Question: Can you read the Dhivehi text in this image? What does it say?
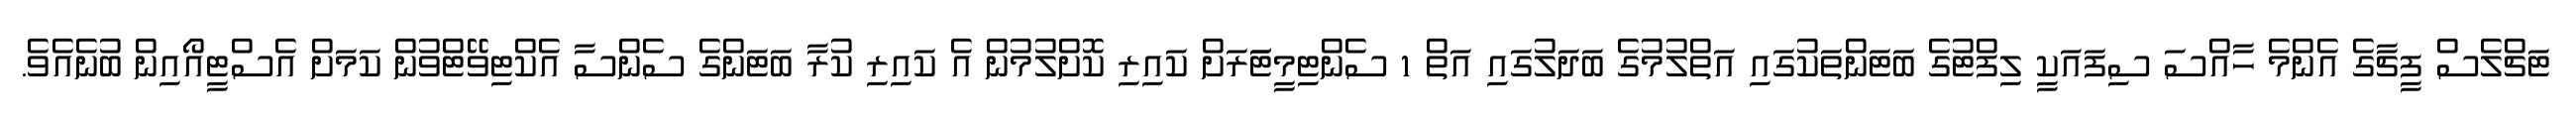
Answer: ޓަޗްލެސް ފީޗާގެ އެންމެ ހާއްސަ ސިފައަކީ ލިފްޓުގެ ބަޓަންތަކުގައި އަތްލުމުގެ ބަދަލުގައި އަތް 1 ސެންޓިމީޓަަރަށް ކައިރި ކޮށްލުމުން އެ ކައިރި ކުރާ ބަޓަންގެ ސެންސާ އެކްޓިވޭޓްވުން ކަމަށް އެސްޓީއޯއިން ބުނެއެވެ.